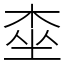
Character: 桽